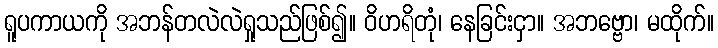
ရူပကာယကို အဘန်တလဲလဲရှုသည်ဖြစ်၍။ ဝိဟရိတုံ၊ နေခြင်းငှာ။ အဘဗ္ဗော၊ မထိုက်။